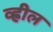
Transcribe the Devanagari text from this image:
व्ह्रील